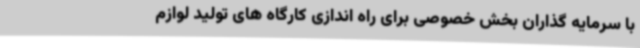
با سرمایه گذاران بخش خصوصی برای راه اندازی کارگاه های تولید لوازم